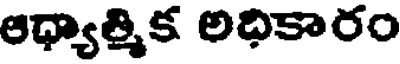
ఆధ్యాత్మిక అధికారం